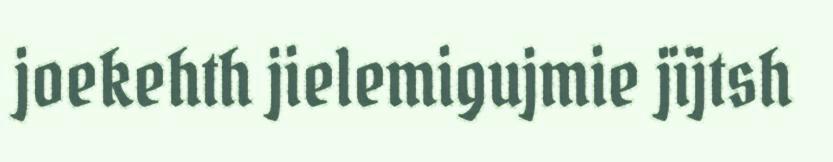
joekehth jielemigujmie jïjtsh